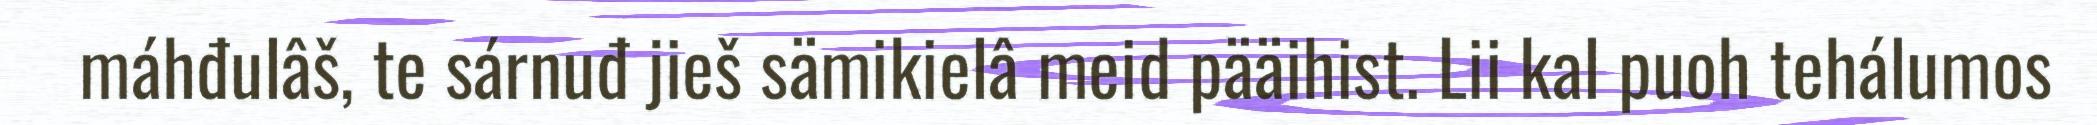
máhđulâš, te sárnuđ jieš sämikielâ meid pääihist. Lii kal puoh tehálumos